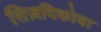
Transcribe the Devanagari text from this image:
सिज़दिकोवा